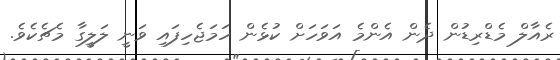
ރެއާލް މެޑްރިޑުން ދެން އެންމެ އަވަހަށް ކުޅެން ހަމަޖެހިފައި ވަނީ ލަލީގާ މެޗެކެވެ.